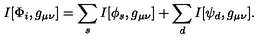
I [ \Phi _ { i } , g _ { \mu \nu } ] = \sum _ { s } I [ \phi _ { s } , g _ { \mu \nu } ] + \sum _ { d } I [ \psi _ { d } , g _ { \mu \nu } ] .